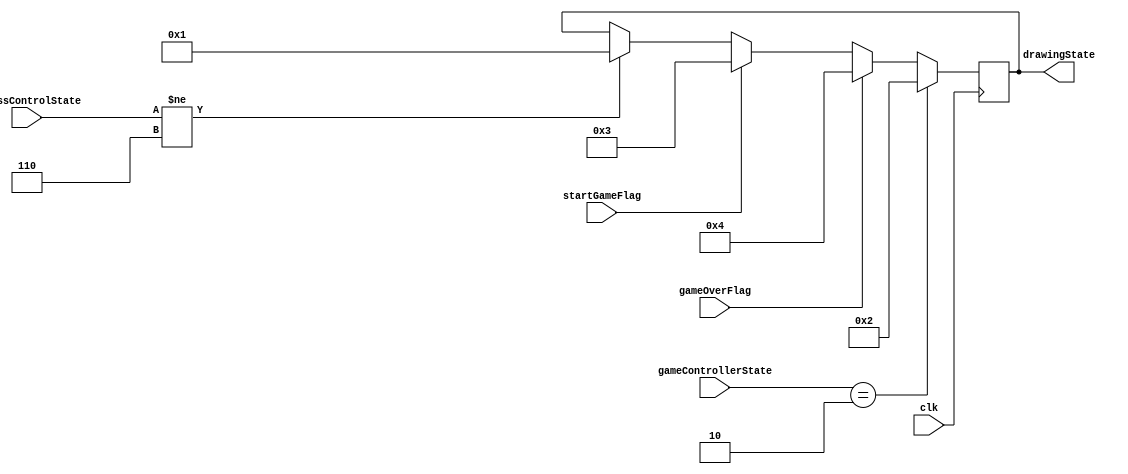
//9:09 PM Friday, April 28, 2017
//https://github.com/StevenVentura/ADDFinalProject
module DrawingStateHandler(clk,startGameFlag,drawingState,
						accessControlState,
						gameOverFlag,
						gameControllerState);
//states for DrawingStateHandler controller
parameter ENTERING_CREDENTIALS=4'd1,
		  ENTERING_TIME=4'd2,
		  PLAYING_GAME=4'd3,
		  PLAYER_DEAD = 4'd4;
//states taken from accessControl.v
parameter	BIT0	= 3'b000,				// 7 States
			BIT1	= 3'b001,
		 	BIT2	= 3'b010,
			BIT3	= 3'b011,
			BIT4	= 3'b100,
			BIT5	= 3'b101,
		   VERIFICATION = 3'b110,
			END	= 3'b111;
//states taken from GameController.v
parameter 	INIT		=	0,
			CHECKPASS	= 	1,
			SETTIME		=	2,
			GETREADY	=	3,
			START		=	4,	
			
			RESULT		=	5,
			WAIT1		= 	6,
			WAIT2		=	7,
			BLINK		= 	8;
input clk;
input startGameFlag;
input [2:0] accessControlState;
input [3:0] gameControllerState;
output reg [3:0] drawingState;
input gameOverFlag;

always @(posedge clk) begin
 if (startGameFlag)
	drawingState <= PLAYING_GAME;
 else if (accessControlState != VERIFICATION)
	drawingState <= ENTERING_CREDENTIALS;
 if(gameOverFlag)
	drawingState <= PLAYER_DEAD;
 if(gameControllerState == SETTIME)
	drawingState <= ENTERING_TIME;

end//end always

endmodule